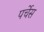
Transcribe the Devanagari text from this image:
पर्चेस